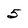
Character: 5